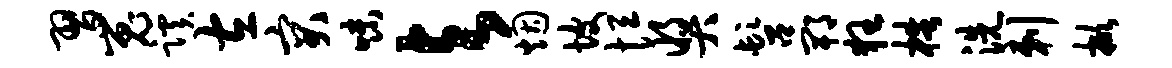
习嵬蹊左突味与烟坡恒奖髫郫狂梏洗剌掀